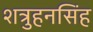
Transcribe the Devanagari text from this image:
शत्रुहनसिंह